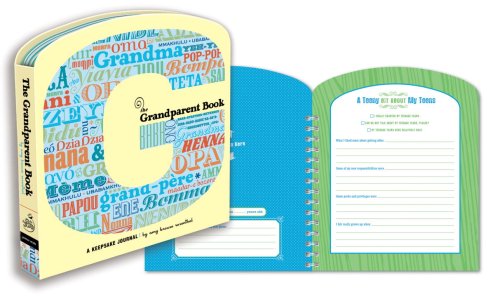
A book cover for The Grandparent Book: A Keepsake Journal; Amy Krouse Rosenthal; Parenting & Relationships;